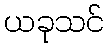
ယခုသင်